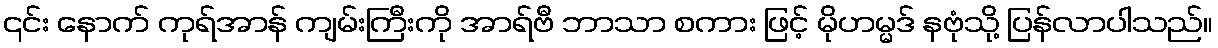
၎င်း နောက် ကုရ်အာန် ကျမ်းကြီးကို အာရ်ဗီ ဘာသာ စကား ဖြင့် မိုဟမ္မဒ် နဗုံသို့ ပြန်လာပါသည်။